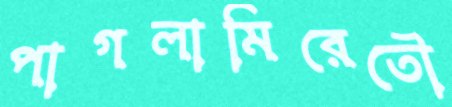
পাগলামিরেতৌ